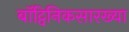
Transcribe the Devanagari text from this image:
बॉट्विनिकसारख्या